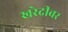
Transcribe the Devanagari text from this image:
खरेदीवर